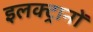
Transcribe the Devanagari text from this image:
इलक्ट्रानों